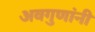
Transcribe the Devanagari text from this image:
अवगुणांनी